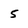
Character: 5